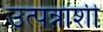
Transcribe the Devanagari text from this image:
उत्पन्नाशी